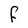
Character: F